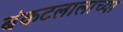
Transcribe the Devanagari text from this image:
बंकटलालाच्या